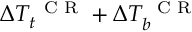
\Delta T _ { t } ^ { \mathrm { ~ \scriptsize ~ C ~ R ~ } } + \Delta T _ { b } ^ { \mathrm { ~ \scriptsize ~ C ~ R ~ } }